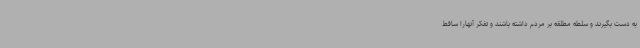
به دست بگیرند و سلطه مطلقه بر مردم داشته باشند و تفکر آنهارا ساقط